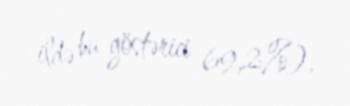
ildə bu göstərici 69,2%).